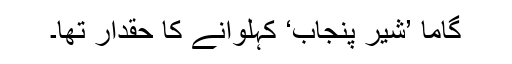
گاما ’شیرِ پنجاب‘ کہلوانے کا حقدار تھا۔